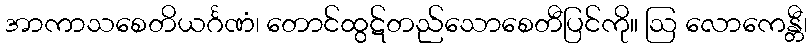
အာကာသစေတိယင်္ဂဏံ၊ တောင်ထွဋ်တည်သောစေတီပြင်ကို။ ဩ လောကေန္တီ၊